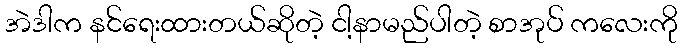
အဲဒါက နင်ရေးထားတယ်ဆိုတဲ့ ငါ့နာမည်ပါတဲ့ စာအုပ် ကလေးကို